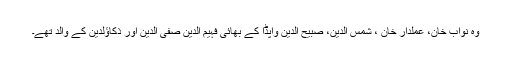
وہ نواب خان، عملدار خان ، شمس الدین، صبیح الدین واپڈا کے بھائی فہیم الدین صفی الدین اور ذکاؤلدین کے والد تھے۔